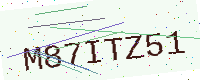
Text: M87ITZ51